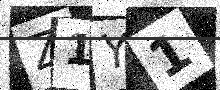
Text: Z1Y1